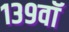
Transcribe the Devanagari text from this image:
१३९वॉ